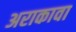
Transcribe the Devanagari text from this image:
अराकावा